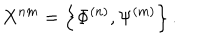
LaTeX: X ^ { n m } = \left\{ \Phi ^ { ( n ) } , \Psi ^ { ( m ) } \right\} .